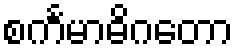
စင်္ကမာဓိဂတော